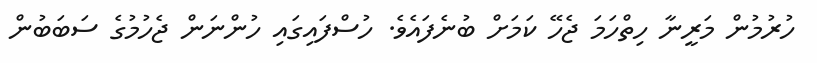
ހުރުމުން މަރީނާ ހިތްހަމަ ޖެހޭ ކަމަށް ބުނެފައެވެ. ހުސްފައިގައި ހުންނަން ޖެހުމުގެ ސަބަބުން